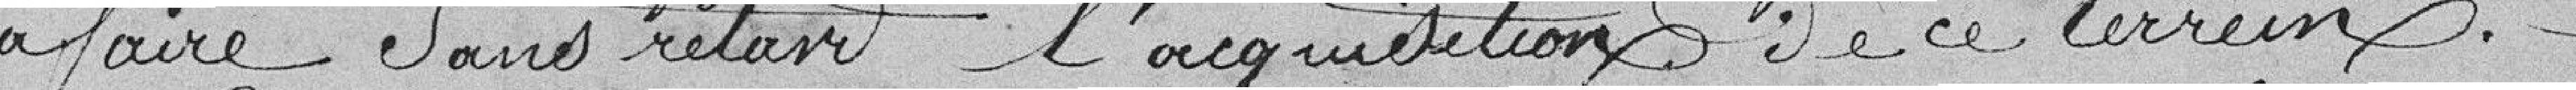
à faire Sans retard l'acquisition de ce terrein.